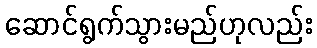
ဆောင်ရွက်သွားမည်ဟုလည်း